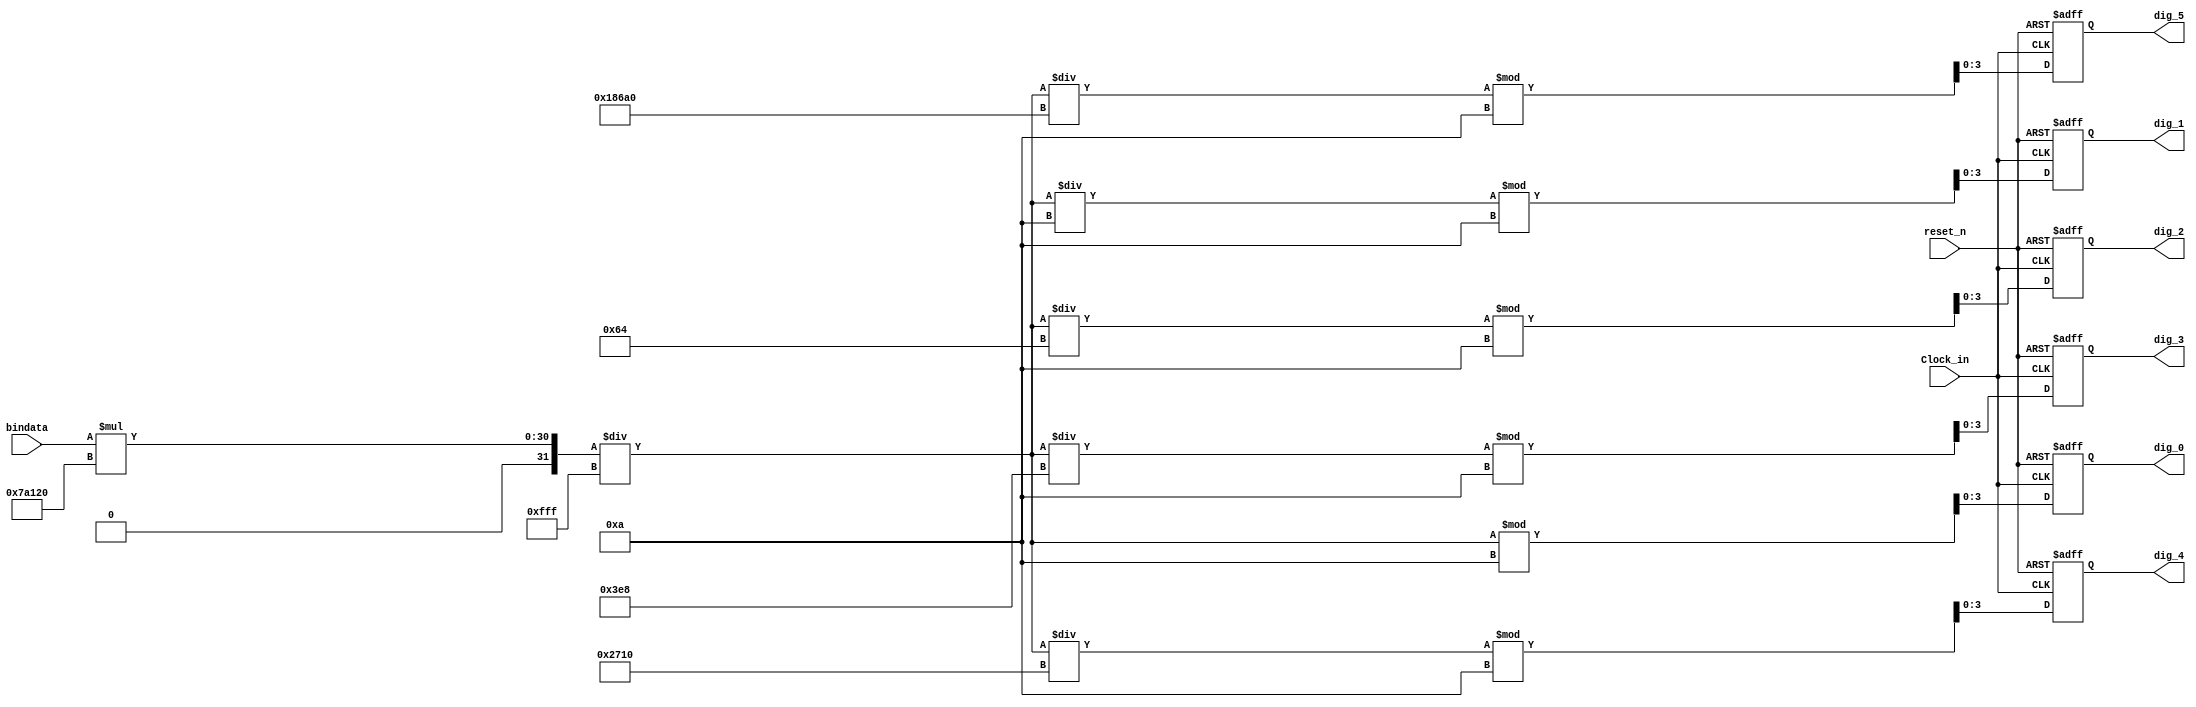
module ADC_SCALE_DISPLAY(
	input 				Clock_in, 
	input 				reset_n, 
	input 		[11:0]bindata, 
	output reg 	[3:0] dig_5,
	output reg 	[3:0] dig_4, 
	output reg 	[3:0] dig_3, 
	output reg 	[3:0] dig_2, 
	output reg 	[3:0] dig_1,
	output reg 	[3:0] dig_0
);

always@(negedge reset_n or negedge Clock_in)
begin
    if (reset_n == 0)
        begin
            dig_5 = 0;
            dig_4 = 0;
            dig_3 = 0;
            dig_2 = 0;
            dig_1 = 0;
            dig_0 = 0;
        end
    else
        begin
				//0~4096 scale to 0~5V
				dig_0 =  bindata*500000/4095 %10;
            dig_1 = ( bindata*500000/4095 / 10 ) % 10;
            dig_2 = ( bindata*500000/4095 / 100 ) % 10;
            dig_3 = ( bindata*500000/4095 / 1000 ) % 10;
            dig_4 = ( bindata*500000/4095 / 10000 ) % 10;
				dig_5 = ( bindata*500000/4095 / 100000 ) % 10;	 

        end
end

endmodule